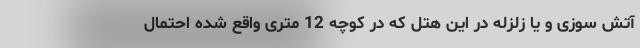
آتش سوزی و یا زلزله در این هتل که در کوچه 12 متری واقع شده احتمال